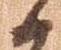
候